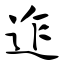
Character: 迮